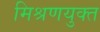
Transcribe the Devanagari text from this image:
मिश्रणयुक्त